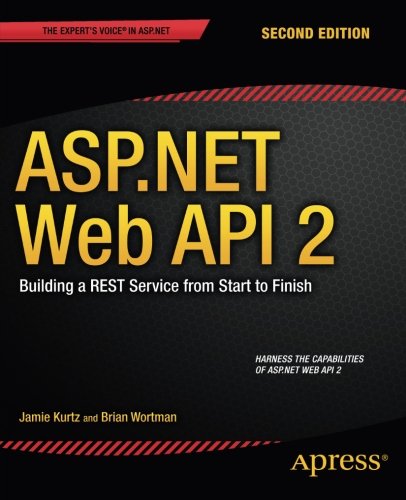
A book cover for ASP.NET Web API 2: Building a REST Service from Start to Finish; Jamie Kurtz; Computers & Technology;